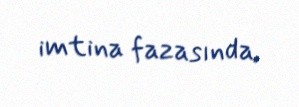
imtina fazasında.